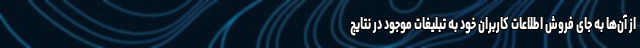
از آن‌ها به جای فروش اطلاعات کاربران خود به تبلیغات موجود در نتایج